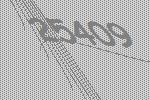
25409